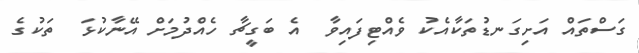
ގަސްތައް އަށިގަނޑުތަކާއެކު ވެއްޓިފައިވާ  އެ ބަގީޗާ ހެއްދުމަށް އޭނާކުޅަ  ތަކުގެ